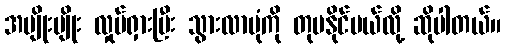
အမျိုးမျိုး လှုပ်ရှားပြီး သွားလာပုံကို တုပနိုင်မယ်လို့ ဆိုပါတယ်။